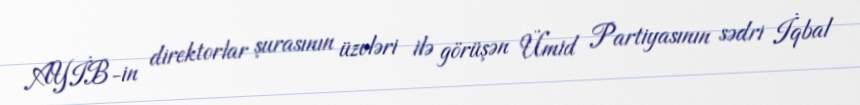
AYİB-in direktorlar şurasının üzvləri ilə görüşən Ümid Partiyasının sədri İqbal